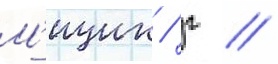
М'ицик / г //